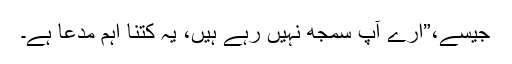
جیسے،”ارے آپ سمجھ نہیں رہے ہیں، یہ کتنا اہم مدعا ہے۔